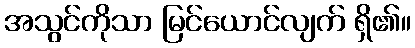
အသွင်ကိုသာ မြင်ယောင်လျက် ရှိ၏။